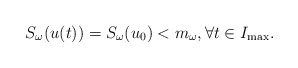
\begin{align*} S_\omega(u(t)) = S_\omega(u_0)<m_\omega, \forall t\in I_{\max}.\end{align*}